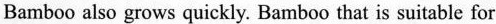
Bamboo also grows quickly. Bamboo that is suitable for